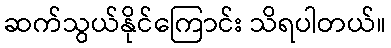
ဆက်သွယ်နိုင်ကြောင်း သိရပါတယ်။